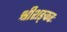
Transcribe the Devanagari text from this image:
श्रीशङ्करः